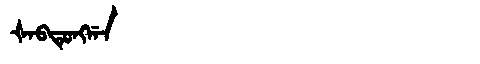
Manchu: ᡧᠠᠪᡨᡠᠩᡤᠠ
Romanization: ŠABTUNGGA